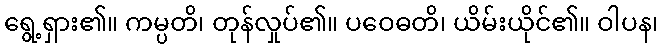
ရွေ့ရှား၏။ ကမ္ပတိ၊ တုန်လှုပ်၏။ ပဝေဓတိ၊ ယိမ်းယိုင်၏။ ဝါပန၊